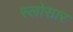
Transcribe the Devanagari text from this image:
स्लोसार